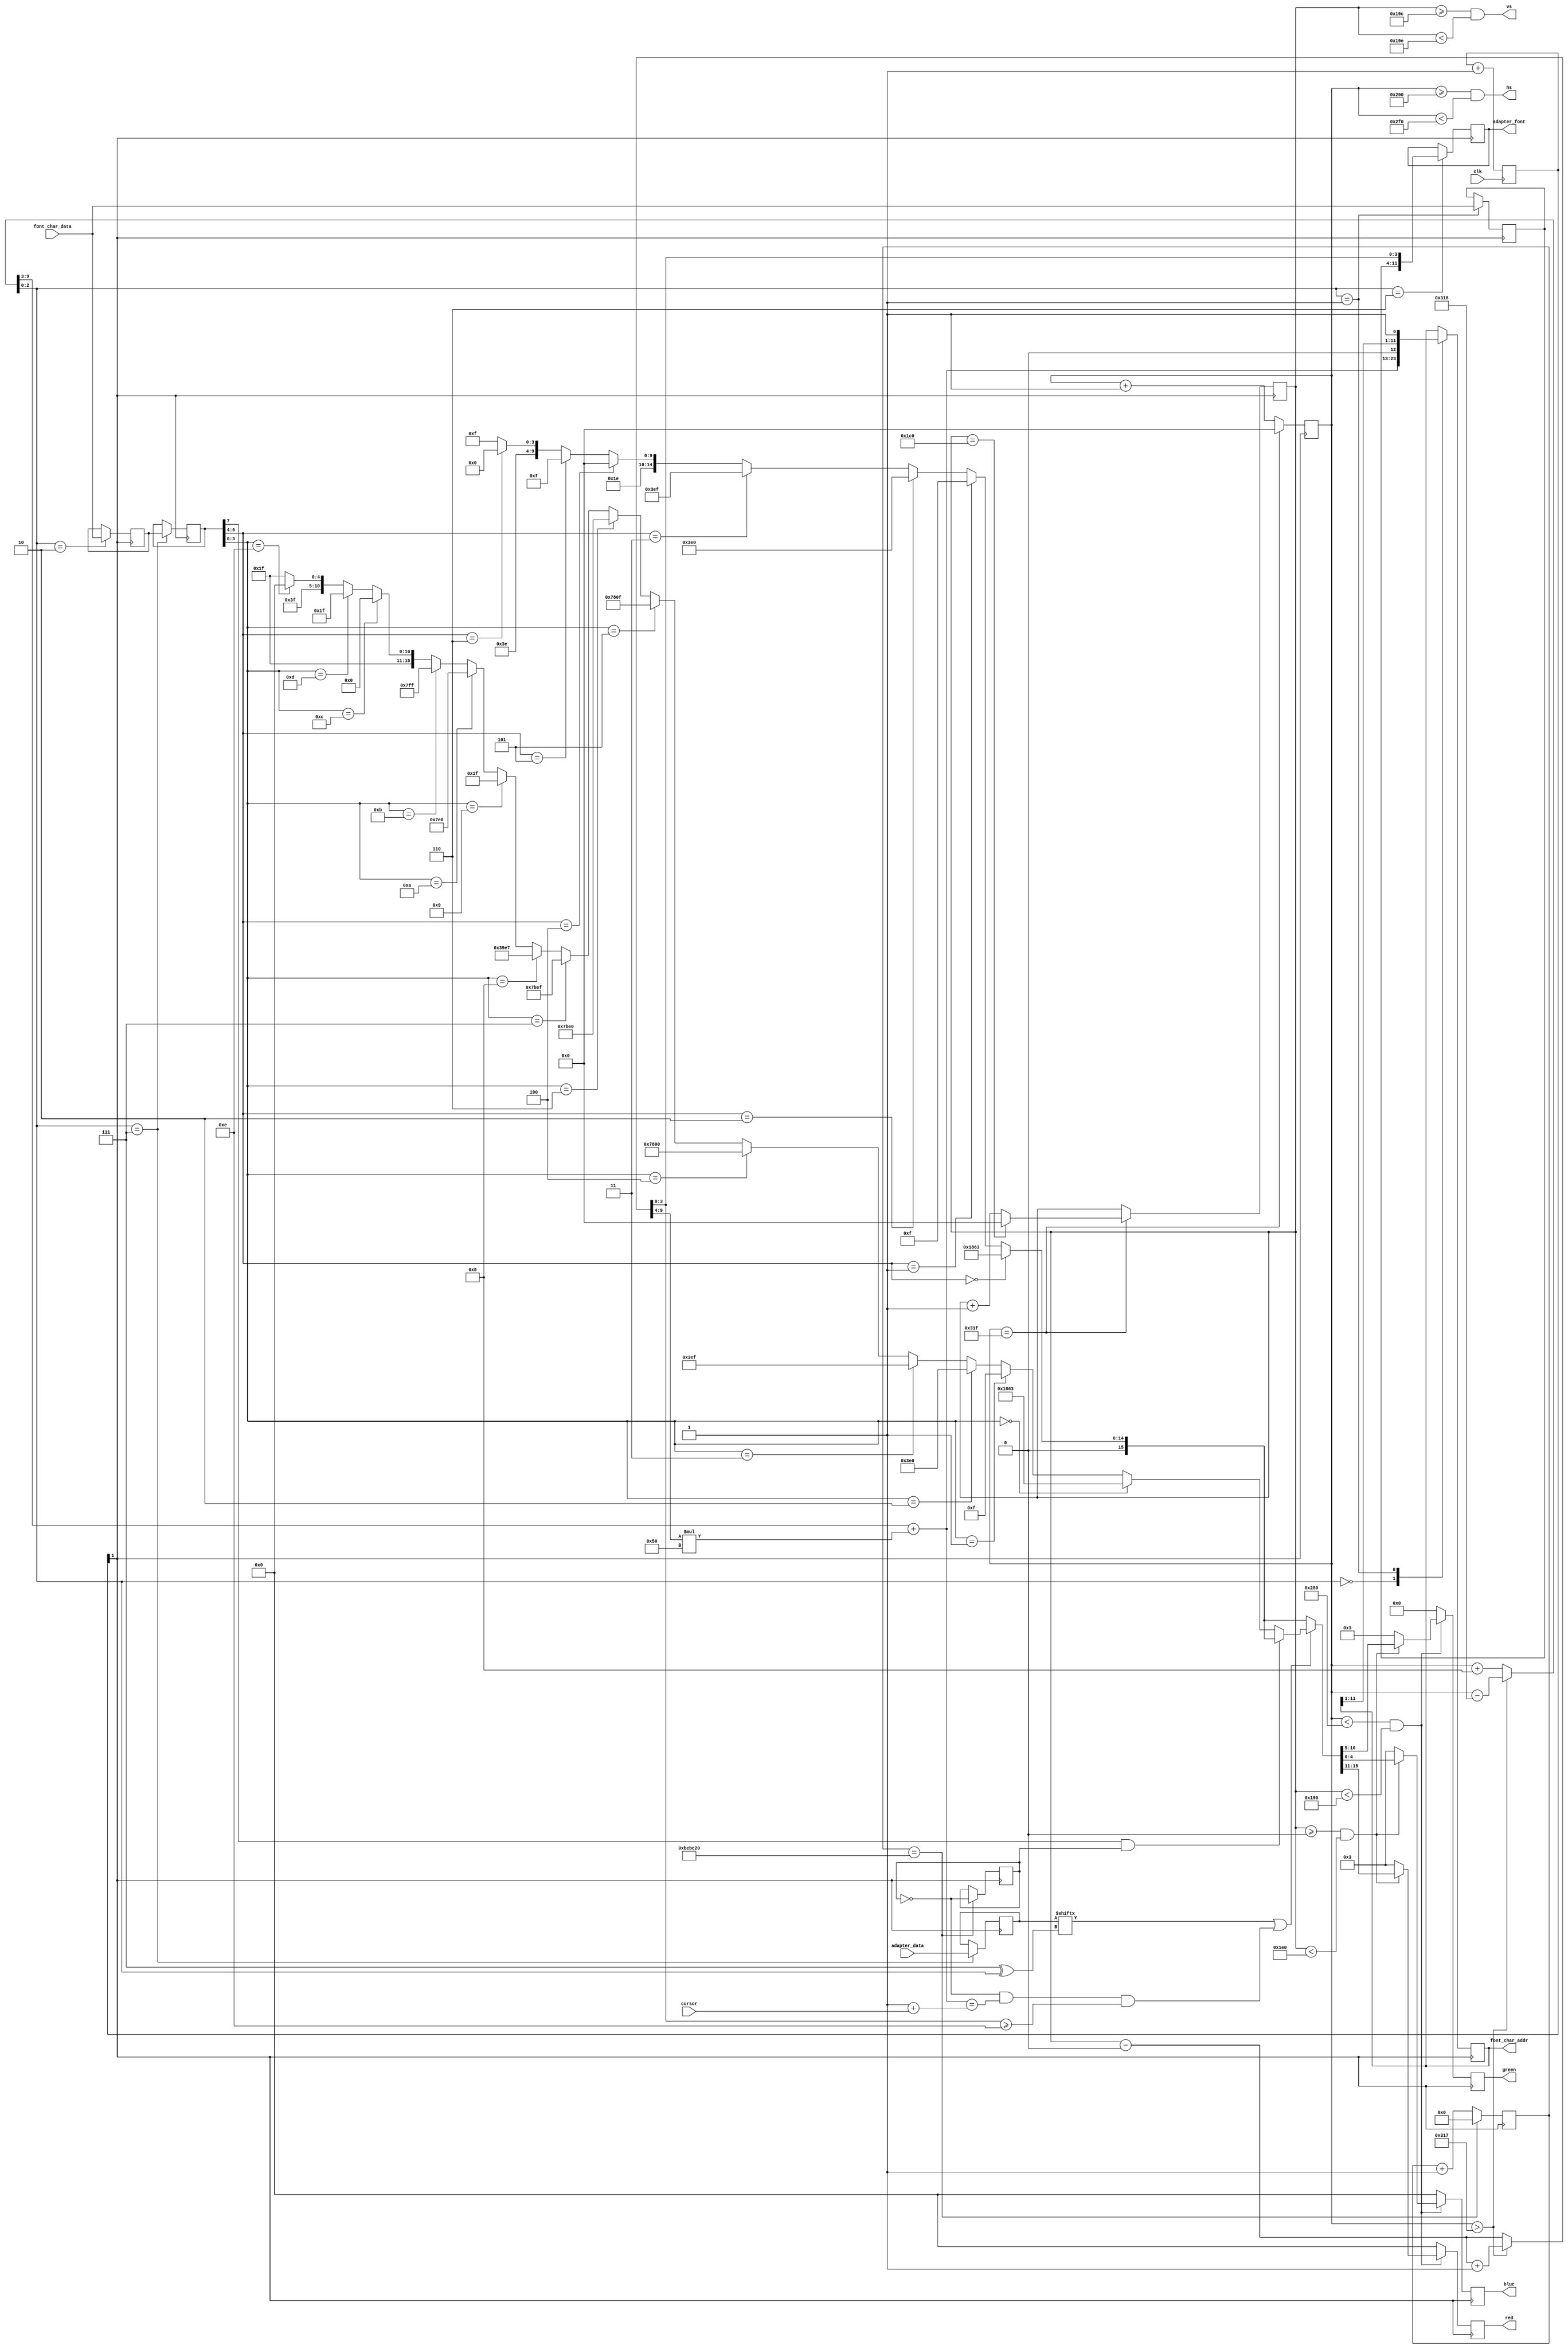
module vga(

    // 100 мегагерц
    input   wire        clk,

    // Выходные данные
    output  reg  [4:0]  red,        // 5 бит на красный (4,3,2,1,0)
    output  reg  [5:0]  green,      // 6 бит на зеленый (5,4,3,2,1,0)
    output  reg  [4:0]  blue,       // 5 бит на синий (4,3,2,1,0)
    output  wire        hs,         // синхросигнал горизонтальной развертки
    output  wire        vs,          // синхросигнал вертикальной развертки

    output  reg  [11:0] adapter_font,  // 2^12 = 4096 байт
    input   wire [7:0]  adapter_data,  // полученные данные от знакогенератора

    output  reg  [11:0] font_char_addr, // Указатель в видеопамять
    input   wire [7:0]  font_char_data, // Значение из видеопамяти
    
    input   wire [10:0] cursor          // Положение курсора

);

// Тайминги для горизонтальной развертки (640)
parameter horiz_visible = 640;
parameter horiz_back    = 48;
parameter horiz_sync    = 96;
parameter horiz_front   = 16;
parameter horiz_whole   = 800;

// Тайминги для вертикальной развертки (400)
//                              // 400  480
parameter vert_visible = 400;   // 400  480
parameter vert_back    = 35;    // 35   33
parameter vert_sync    = 2;     // 2    2
parameter vert_front   = 12;    // 12   10
parameter vert_whole   = 449;   // 449  525
parameter vert_yhalf   = 0;     // 0    40

// 640 (видимая область) + 48 (задний порожек) + 96 (синхронизация) + 16 (передний порожек)
// 640 + 48 = [688, 688 + 96 = 784]
assign hs = x >= (horiz_visible + horiz_front) && x < (horiz_visible + horiz_front + horiz_sync);
assign vs = y >= (vert_visible  + vert_front)  && y < (vert_visible  + vert_front  + vert_sync);

// В этих регистрах мы будем хранить текущее положение луча на экране
reg [9:0]   x = 1'b0; // 2^10 = 1024 точек возможно
reg [9:0]   y = 1'b0;

// Положение X, когда начинается отрисовка видимой области, должно быть 0,
// без учета переднего порожека
// +8 смещение, т.к. такты слишком сильно рано начинаются, и поэтому на
// начале необходимо ждать 8 тактов, чтобы символ появился

wire [9:0]  x_real = x > 791 ? x - 792 : x + 8;

// Сместить на 40 символов, чтобы с 40-й строки начинался y_real=0
wire [9:0]  y_real = x > 791 ? y - vert_yhalf + 1 : y - vert_yhalf;

// Объявим регистры со временными данными
reg [7:0]   current_char;
reg [7:0]   temp_current_attr;
reg [7:0]   current_attr;
reg [7:0]   current_data;
reg         flash;

// Извлекаем текущий бит (от 0 до 7) в зависимости от положения луча x
// Чтобы развернуть биты, надо сделать, чтобы они читались не от бита 0 к 7,
// а от 7 к 0, т.е. сделать им XOR 7

// char_position = [0 .. 1999]
wire [10:0] char_position = x_real[9:3] + y_real[9:4] * 80;

// Если появляется курсор, то он использует нижние 2 строки у линии
wire        current_bit = (current_data[ 3'h7 ^ x_real[2:0] ]) | (~flash && char_position == (1 + cursor) && y_real[3:0] >= 14);

// Разбираем цветовую компоненту (нижние 4 бита отвечают за цвет символа)
wire [15:0] fr_color =

    // R(5 бит) G(6 бит) B(5 бит(
    current_attr[3:0] == 4'd0  ? { 5'h03, 6'h03, 5'h03 } : // 0 Черный (почти)
    current_attr[3:0] == 4'd1  ? { 5'h00, 6'h00, 5'h0F } : // 1 Синий (темный)
    current_attr[3:0] == 4'd2  ? { 5'h00, 6'h1F, 5'h00 } : // 2 Зеленый (темный)
    current_attr[3:0] == 4'd3  ? { 5'h00, 6'h1F, 5'h0F } : // 3 Бирюзовый (темный)
    current_attr[3:0] == 4'd4  ? { 5'h0F, 6'h00, 5'h00 } : // 4 Красный (темный)
    current_attr[3:0] == 4'd5  ? { 5'h0F, 6'h00, 5'h0F } : // 5 Фиолетовый (темный)
    current_attr[3:0] == 4'd6  ? { 5'h0F, 6'h1F, 5'h00 } : // 6 Коричневый
    current_attr[3:0] == 4'd7  ? { 5'h0F, 6'h1F, 5'h0F } : // 7 Серый -- тут что-то не то
    current_attr[3:0] == 4'd8  ? { 5'h07, 6'h0F, 5'h07 } : // 8 Темно-серый
    current_attr[3:0] == 4'd9  ? { 5'h00, 6'h00, 5'h1F } : // 9 Синий (темный)
    current_attr[3:0] == 4'd10 ? { 5'h00, 6'h3F, 5'h00 } : // 10 Зеленый
    current_attr[3:0] == 4'd11 ? { 5'h00, 6'h3F, 5'h1F } : // 11 Бирюзовый
    current_attr[3:0] == 4'd12 ? { 5'h1F, 6'h00, 5'h00 } : // 12 Красный
    current_attr[3:0] == 4'd13 ? { 5'h1F, 6'h00, 5'h1F } : // 13 Фиолетовый
    current_attr[3:0] == 4'd14 ? { 5'h1F, 6'h3F, 5'h00 } : // 14 Желтый
                                 { 5'h1F, 6'h3F, 5'h1F };  // 15 Белый

// Цветовая компонента фона (только 8 цветов)
wire [15:0] bg_color =

    // R(5 бит) G(6 бит) B(5 бит(
    current_attr[6:4] == 3'd0 ? { 5'h03, 6'h03, 5'h03 } : // 0 Черный (почти)
    current_attr[6:4] == 3'd1 ? { 5'h00, 6'h00, 5'h0F } : // 1 Синий (темный)
    current_attr[6:4] == 3'd2 ? { 5'h00, 6'h1F, 5'h00 } : // 2 Зеленый (темный)
    current_attr[6:4] == 3'd3 ? { 5'h00, 6'h1F, 5'h0F } : // 3 Бирюзовый (темный)
    current_attr[6:4] == 3'd4 ? { 5'h0F, 6'h00, 5'h00 } : // 4 Красный (темный)
    current_attr[6:4] == 3'd5 ? { 5'h0F, 6'h00, 5'h0F } : // 5 Фиолетовый (темный)
    current_attr[6:4] == 3'd6 ? { 5'h0F, 6'h1F, 5'h00 } : // 6 Коричневый
                                { 5'h0F, 6'h1F, 5'h0F };  // 7 Серый

// 2х битный счетчик
reg [1:0]  clock_divider;
reg [23:0] clock_timer;

// Делитель частоты. На входе частота - 100 мгц, а на выходе будет 25 Мгц
always @(posedge clk) clock_divider <= clock_divider + 1'b1;

// Таймер, 0.5 с
always @(posedge clock_divider[1]) begin

    // 12,5 Мгц. Каждые 0,5 секунды перебрасывается регистр flash
    if (clock_timer == 12500000) begin
        clock_timer <= 1'b0;
        flash <= flash ^ 1'b1;
    end
    else
        clock_timer <= clock_timer + 1;

end

// Когда бит 1 переходит из состояния 0 в состояние 1, это значит, что
// будет осциллироваться на частоте 25 мгц (в 4 раза медленее, чем 100 мгц)
always @(posedge clock_divider[1]) begin

    // аналогично этой конструции на C
    // if (x == (horiz_whole - 1)) x = 0; else x += 1;
    x <= x == (horiz_whole - 1) ? 1'b0 : (x + 1'b1);

    // Когда достигаем конца горизонтальной линии, переходим к Y+1
    if (x == (horiz_whole - 1)) begin

        // if (x == (vert_whole - 1)) y = 0; else y += 1;
        y <= y == (vert_whole - 1) ? 1'b0 : (y + 1'b1);

    end

    // Генерация данных для последующего рисования
    case (x_real[2:0])

        // В x[9:3] хранится номер 0..79 (текущий символ)
        // В y[9:4] y=0..24
        // Адрес = (y*80 + x) * 2
        3'b000: font_char_addr <= {char_position, 1'b0};

        // Здесь мы будем принимать номер символа с "шины"
        3'b001: begin

            // Читаем символ
            current_char <= font_char_data;

            // И тут же, на этом такте, отправляем новый адрес
            // он всегда будет +1
            // т.е. font_char_addr++
            font_char_addr <= {font_char_addr[11:1], 1'b1};

        end

        // Прием значения цвета на следующем такте
        3'b010: temp_current_attr <= font_char_data;

        // Делаем запрос на поиск части символа
        // {current_char, y[3:0]} = current_char * 16 + (y % 16)
        3'b110: adapter_font <= {current_char, y_real[3:0]};

        // Читаем ответ от знакогенератора (через 4 такта на скорости 100 мгц)
        // Или через 1 такт на скорости 25 Мгц, на которой мы сейчас и работаем
        3'b111: begin

            current_data <= adapter_data;
            current_attr <= temp_current_attr;

        end

    endcase

    // Мы находимся в видимой области рисования
    // Здесь не сразу выдаются данные, сначала они необходимым образом
    // загружаются в области заднего порожека, и потом уже мы можем показать

    if (x < horiz_visible && y < vert_visible) begin

        // Если текущий рисуемый бит =1, то рисовать цветом, который указан
        // в цветовом атрибуте и специально подобран
        // Слегка сероватый фон надо сделать, чтобы меня понял монитор

        // Сделаем показ области 400 пикселей, но будет посередине
        if (y >= vert_yhalf && y < (480 - vert_yhalf))
            /* Ограничим на 25 символов по высоте (25 x 16 = 400) */
            // Если бит 7 атрибута = 1, то при flash=1 показываем bg_color вместо fr_color
            // Получается эффект мерцания
            {red, green, blue} <= current_bit ? (current_attr[7] & flash ? bg_color : fr_color) : bg_color;
        else
            /* Сверху и снизу подсвечивается легким синим */
            {red, green, blue} <= {5'h03, 6'h03, 5'h03};

    end
    // В невидимой области мы ДОЛЖНЫ очищать в черный цвет
    // иначе видеоадаптер работать будет неправильно
    else begin

        red   <= 1'b0;
        green <= 1'b0;
        blue  <= 1'b0;

    end

end

endmodule